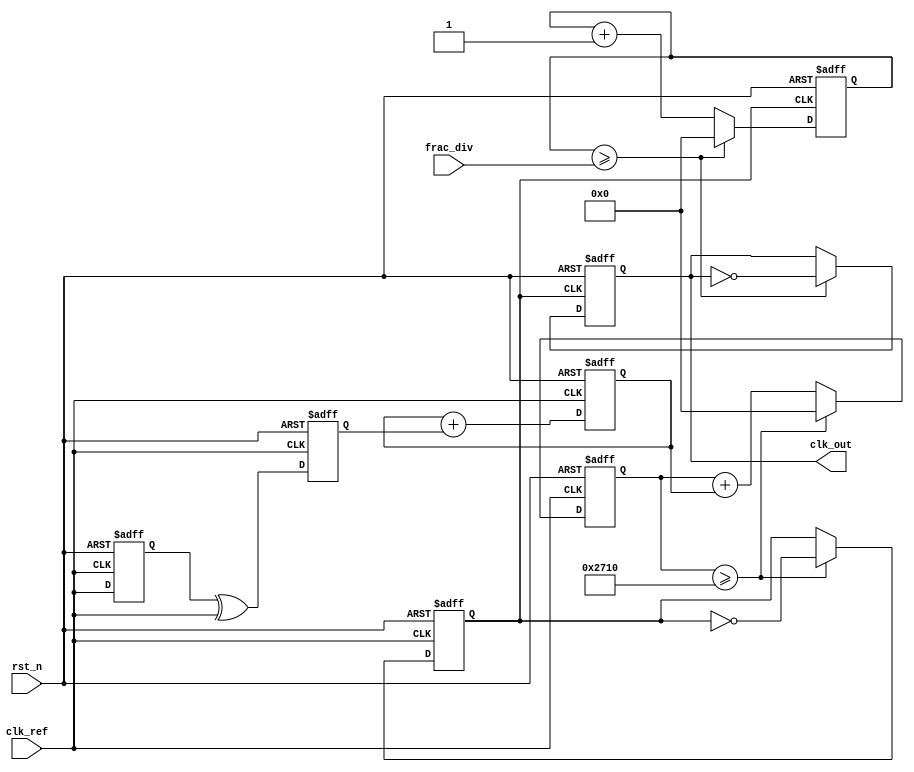
module fractional_pll (
    input wire clk_ref,           // Reference clock input
    input wire rst_n,             // Active low reset
    input wire [15:0] frac_div,   // Fractional division value
    output wire clk_out           // Output clock
);

    // Phase Detector (PFD)
    reg clk_ref_d;                // Delayed reference clock
    reg phase_error;              // Phase error signal

    always @(posedge clk_ref or negedge rst_n) begin
        if (!rst_n) begin
            clk_ref_d <= 1'b0;
            phase_error <= 1'b0;
        end else begin
            clk_ref_d <= clk_ref;
            phase_error <= clk_ref_d ^ clk_ref; // Simple XOR for phase error
        end
    end

    // Loop Filter (LF)
    reg [15:0] loop_filter;       // Loop filter output
    always @(posedge clk_ref or negedge rst_n) begin
        if (!rst_n) begin
            loop_filter <= 16'b0;
        end else begin
            loop_filter <= loop_filter + phase_error; // Simple proportional filter
        end
    end

    // Voltage-Controlled Oscillator (VCO)
    reg [15:0] vco_count;         // VCO counter
    reg clk_vco;                  // VCO output clock

    always @(posedge clk_ref or negedge rst_n) begin
        if (!rst_n) begin
            vco_count <= 16'b0;
            clk_vco <= 1'b0;
        end else begin
            vco_count <= vco_count + loop_filter; // Control frequency by loop filter
            if (vco_count >= 16'd10000) begin // Example threshold for VCO frequency
                clk_vco <= ~clk_vco;
                vco_count <= 16'b0; // Reset VCO counter
            end
        end
    end

    // Fractional Divider
    reg [15:0] divider_count;     // Divider counter
    reg clk_div;                  // Divided clock output

    always @(posedge clk_vco or negedge rst_n) begin
        if (!rst_n) begin
            divider_count <= 16'b0;
            clk_div <= 1'b0;
        end else begin
            divider_count <= divider_count + 1'b1;
            if (divider_count >= frac_div) begin
                clk_div <= ~clk_div; // Toggle divided clock
                divider_count <= 16'b0; // Reset divider counter
            end
        end
    end

    // Output clock
    assign clk_out = clk_div;

endmodule